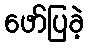
ဖော်ပြခဲ့